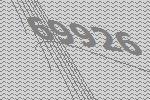
69926